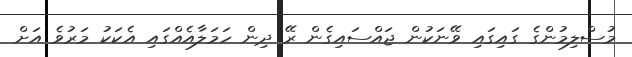
މުސްލިމުންގެ ގައިގައި ވޭނަކުން ޖައްސައިގެން ރޭ ދިން ހަމަލާއެއްގައި އެކަކު މަރުވެ އަށް